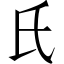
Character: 氏